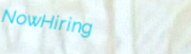
NowHiring